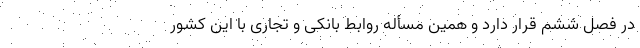
در فصل ششم قرار دارد و همین مسأله روابط بانکی و تجاری با این کشور